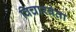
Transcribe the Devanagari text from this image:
विचारवंता